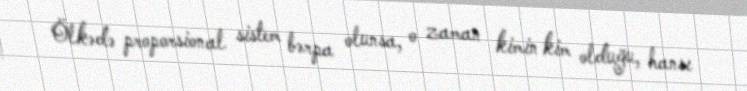
Ölkədə proporsional sistem bərpa olunsa, o zaman kimin kim olduğu, hansı